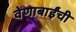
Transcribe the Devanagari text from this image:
वेणाबाईंची